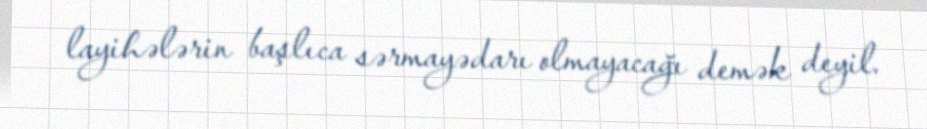
layihələrin başlıca sərmayədarı olmayacağı demək deyil.